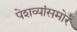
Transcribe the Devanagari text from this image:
पेशव्यांसमोर